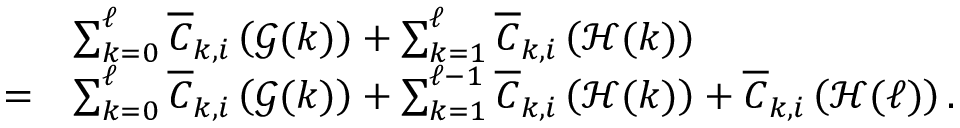
\begin{array} { r l } & { \sum _ { k = 0 } ^ { \ell } \overline { { C } } _ { k , i } \left( \mathcal { G } ( k ) \right) + \sum _ { k = 1 } ^ { \ell } \overline { { C } } _ { k , i } \left( \mathcal { H } ( k ) \right) } \\ { = } & { \sum _ { k = 0 } ^ { \ell } \overline { { C } } _ { k , i } \left( \mathcal { G } ( k ) \right) + \sum _ { k = 1 } ^ { \ell - 1 } \overline { { C } } _ { k , i } \left( \mathcal { H } ( k ) \right) + \overline { { C } } _ { k , i } \left( \mathcal { H } ( \ell ) \right) . } \end{array}